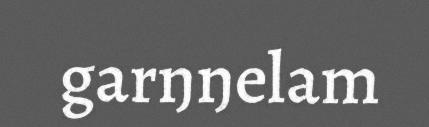
garŋŋelam